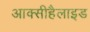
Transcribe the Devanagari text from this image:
आक्सीहैलाइड